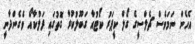
އެހެން ނަމަވެސް ޗެލްސީގެ ގޯލް ކީޕަރު ކޯޓުއާ ގަބޫލުކުރާ ގޮތުގައި ފަލްކާއޯ ވެގެންދާނީ